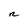
Character: n